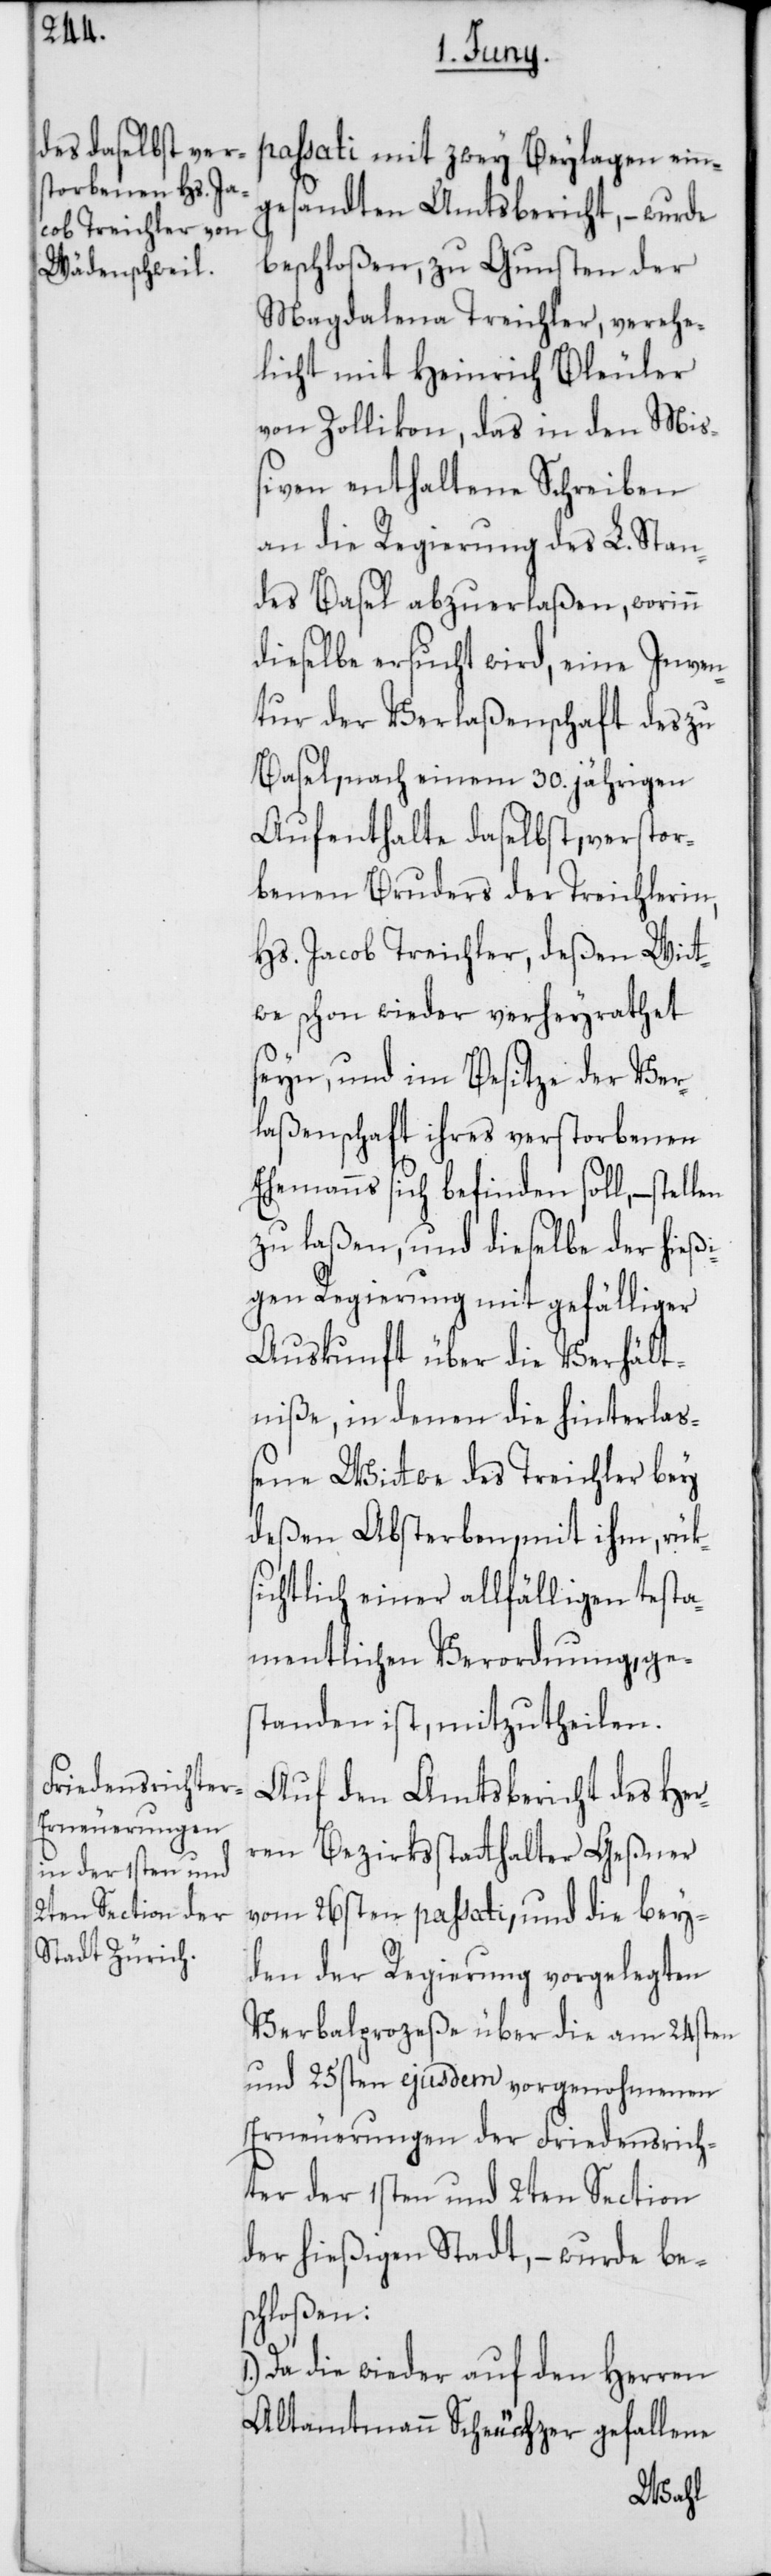
passati mit zwey Beylagen ein¬
gesandten Amtsbericht, – wurde
beschloßen, zu Gunsten der
Magdalena Treichler, verehe¬
licht mit Heinrich Bleuler
von Zollikon, das in den Mi¬
ßiven enthaltene Schreiben
an die Regierung des L. Stan¬
des Basel abzuerlaßen, worinn
dieselbe ersucht wird, eine Inven¬
tur der Verlaßenschaft des zu
Basel, nach einem 30. jährigen
Aufenthalte daselbst, verstor¬
benen Bruders der Treichlerin,
Hs. Jacob Treichler, deßen Wit¬
we schon wieder verheyrathet
seyn, und im Besitze der Ver¬
laßenschaft ihres verstorbenen
Ehemanns sich befinden soll,
zu laßen, und dieselbe der hießi¬
gen Regierung mit gefälliger
Auskunft über die Verhält¬
niße, in denen die hinterlaß¬
ene Witwe des Treichler bey
deßen Absterben, mit ihm, rük¬
sichtlich einer allfähligen testa¬
mentlichen Verordnung, ges¬
tanden ist, mitzutheilen.
Auf den Amtsbericht des Her¬
ren Bezirksstatthalter Geßner
vom 26sten passati, und die bey¬
den der Regierung vorgelegten
Verbalprozeße über die am 24sten
und 25sten ejusdem vorgenohmenen
Erneuerungen der Friedensrich¬
ter der 1sten und 2ten Section
der hießigen Stadt, – wurde bes¬
chloßen:
Da die wieder auf den Herren
Altamtmann Scheuchzer gefallene